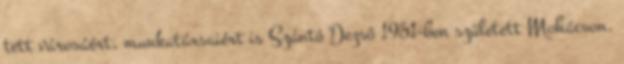
tett városáért, munkatársaiért is Szántó Dezsô 1951-ben született Mohácson.